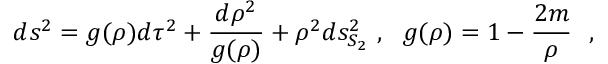
d s ^ { 2 } = g ( \rho ) d \tau ^ { 2 } + { \frac { d \rho ^ { 2 } } { g ( \rho ) } } + \rho ^ { 2 } d s _ { S _ { 2 } } ^ { 2 } ~ , ~ ~ g ( \rho ) = 1 - { \frac { 2 m } { \rho } } ~ ~ ,